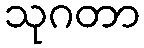
သုဂတာ